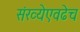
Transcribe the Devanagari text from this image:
संख्येएवढेच